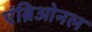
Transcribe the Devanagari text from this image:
एंब्रिओनल